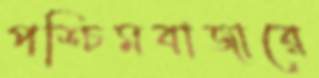
পশ্চিমবাজারে